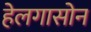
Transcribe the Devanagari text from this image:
हेलगासोन